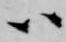
ハ